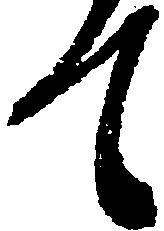
て